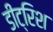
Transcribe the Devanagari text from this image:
डीट्रिश